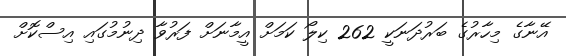
އޭނާގެ މިހާރުގެ ބަރުދަނަކީ 262 ކިލޯ ކަމަށް އީމާނަށް ފަރުވާ ދިނުމުގައި އިސްކޮށް